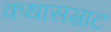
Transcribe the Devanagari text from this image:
कथासम्राट